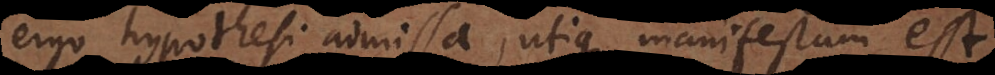
ergo hypothesi admissa, utique manifestum est